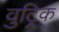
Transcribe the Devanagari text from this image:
वुट्रिक